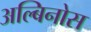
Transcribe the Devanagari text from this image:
अल्बिनोस